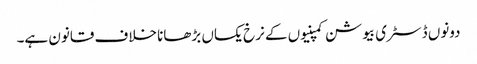
دونوں ڈسٹری بیوشن کمپنیوں کے نرخ یکساں بڑھانا خلاف قانون ہے۔